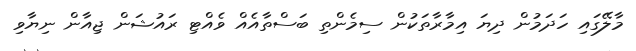
މާލޭގައި ހަދަމުން ދިޔަ އިމާރާތަކުން ސިމެންތި ބަސްތާއެއް ވެއްޓި ރައުޝަން ޖިއާން ނިޔާވި